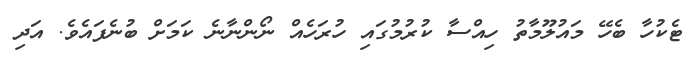
ޓެކުހާ ބެހޭ މައުލޫމާތު ހިއްސާ ކުރުމުގައި ހުރަހެއް ނޯންނާނެ ކަމަށް ބުނެފައެވެ. އަދި